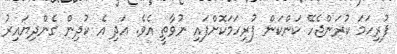
ފުރިހަމަ ކުރަންޖެހޭ ކަންކަން ފުރިހަމަކޮށްފައި ނުވާތީ އެވެ. އަދި އެ ކުދިން ގެންދިޔައިރު